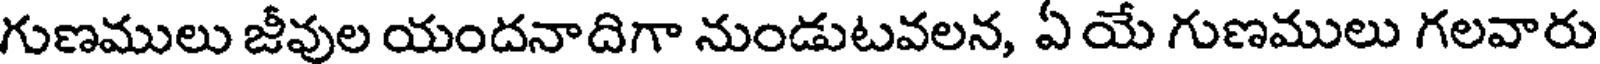
గుణములు జీవుల యందనాదిగా నుండుటవలన, ఏ యే గుణములు గలవారు